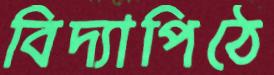
বিদ্যাপিঠে